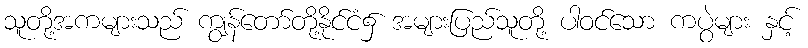
သူတို့အကများသည် ကျွန်တော်တို့နိုင်ငံ၌ အများပြည်သူတို့ ပါဝင်သော ကပွဲများ နှင့်